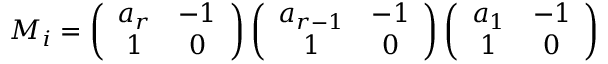
M _ { i } = \left( \begin{array} { c c } { { a _ { r } } } & { { - 1 } } \\ { { 1 } } & { { 0 } } \end{array} \right) \left( \begin{array} { c c } { { a _ { r - 1 } } } & { { - 1 } } \\ { { 1 } } & { { 0 } } \end{array} \right) \left( \begin{array} { c c } { { a _ { 1 } } } & { { - 1 } } \\ { { 1 } } & { { 0 } } \end{array} \right)